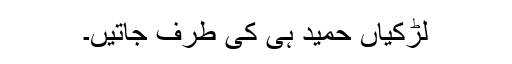
لڑکیاں حمید ہی کی طرف جاتیں۔